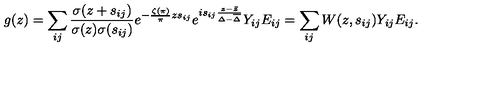
g ( z ) = \sum _ { i j } \frac { \sigma ( z + s _ { i j } ) } { \sigma ( z ) \sigma ( s _ { i j } ) } e ^ { - \frac { \zeta ( \pi ) } { \pi } z s _ { i j } } e ^ { i s _ { i j } \frac { z - \bar { z } } { \Delta - \overline { \Delta } } } Y _ { i j } E _ { i j } = \sum _ { i j } W ( z , s _ { i j } ) Y _ { i j } E _ { i j } .